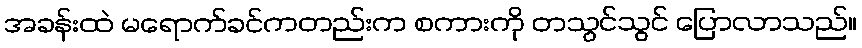
အခန်းထဲ မရောက်ခင်ကတည်းက စကားကို တသွင်သွင် ပြောလာသည်။